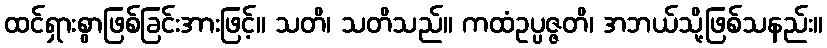
ထင်ရှားစွာဖြစ်ခြင်းအားဖြင့်။ သတိ၊ သတိသည်။ ကထံဥပ္ပဇ္ဇတိ၊ အဘယ်သို့ဖြစ်သနည်း။